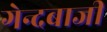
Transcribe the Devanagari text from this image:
गेन्दबाजी